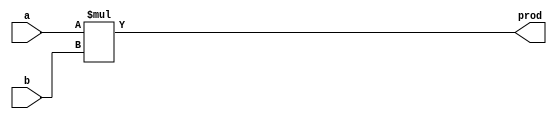
// ---------------------------------------------------------------------
//    File:       32-bit Multiplier
//    Contact:    hoser21@up.edu and schendel21@up.edu
// ---------------------------------------------------------------------

module multiply_32(prod, a, b);

parameter WIDTH = 32;

output [WIDTH-1:0] prod;
input [WIDTH-1:0] a, b;

assign prod = a * b;

endmodule